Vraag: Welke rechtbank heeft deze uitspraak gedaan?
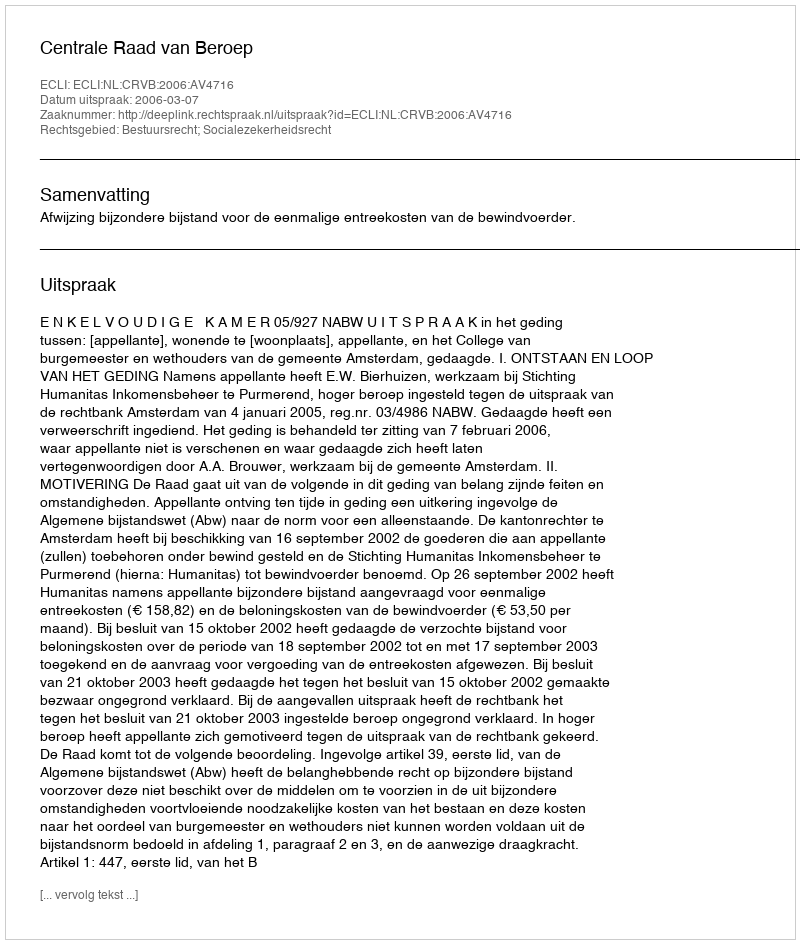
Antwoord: Centrale Raad van Beroep